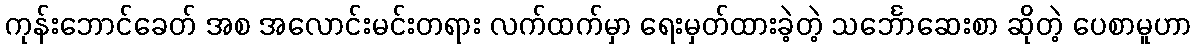
ကုန်းဘောင်ခေတ် အစ အလောင်းမင်းတရား လက်ထက်မှာ ရေးမှတ်ထားခဲ့တဲ့ သင်္ဘောဆေးစာ ဆိုတဲ့ ပေစာမူဟာ